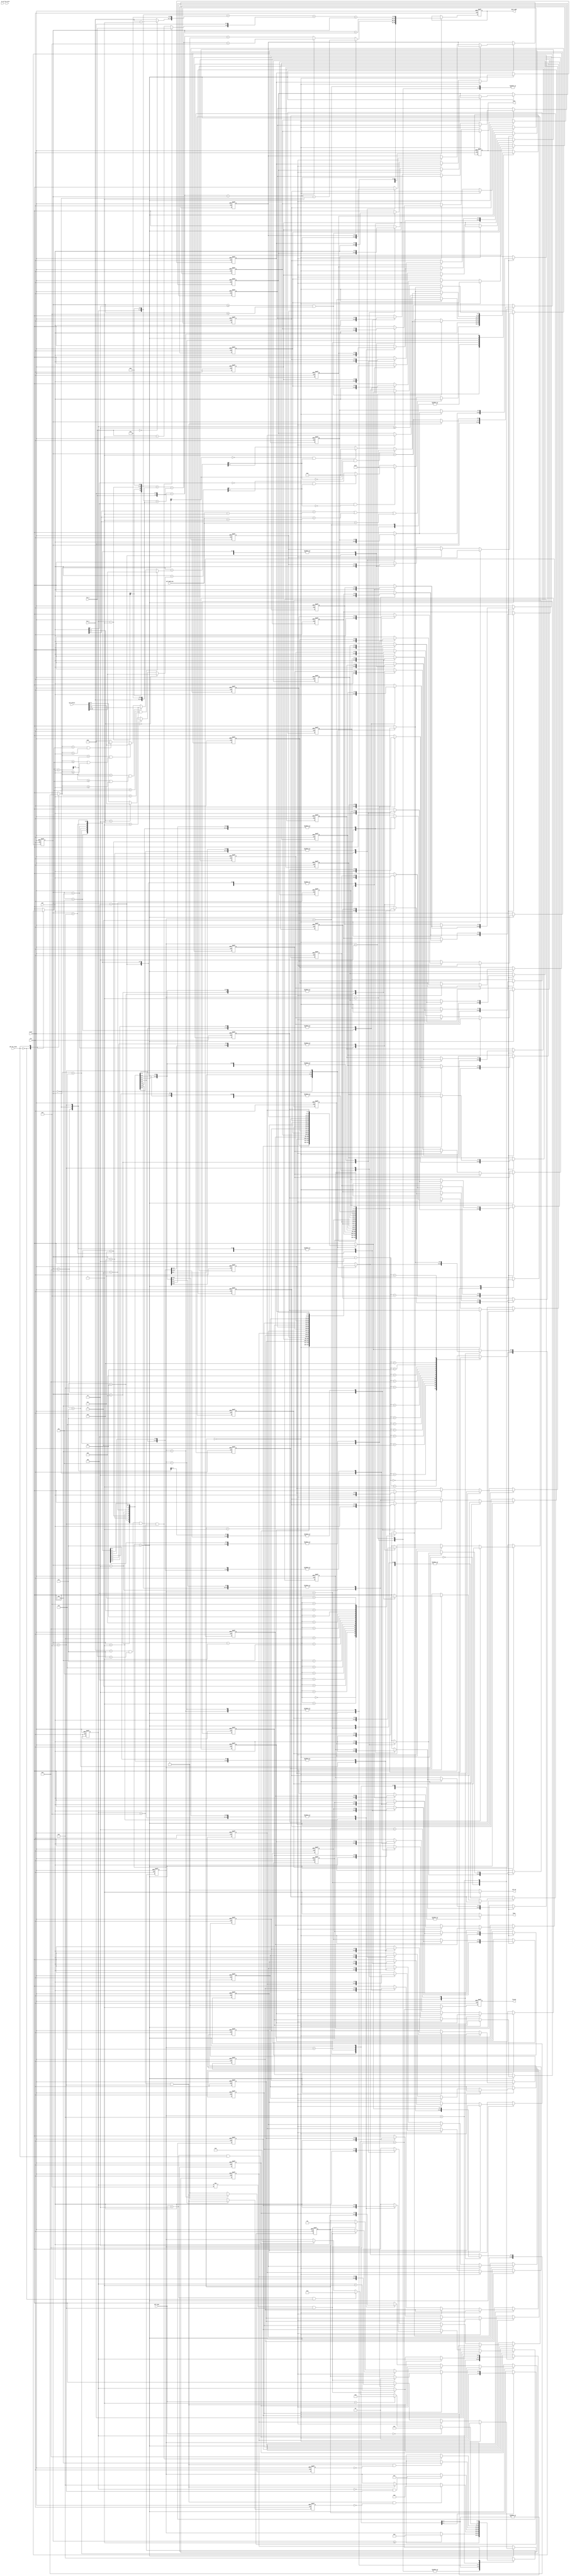
module IPF ( clk, reset, in_en, din, ipf_type, ipf_band_pos, ipf_wo_class, ipf_offset, lcu_x, lcu_y, lcu_size, busy, out_en, dout, dout_addr, finish);
//===========IO====================
    input   clk;
    input   reset;
    input   in_en;
    input   [7:0]  din;
    input   [1:0]  ipf_type;
    input   [4:0]  ipf_band_pos;
    input          ipf_wo_class;
    input   [15:0] ipf_offset;
    input   [2:0]  lcu_x;
    input   [2:0]  lcu_y;
    input   [1:0]  lcu_size;
    output reg busy;
    output reg finish;
    output reg out_en;
    output reg [7:0] dout;
    output reg [13:0] dout_addr;
//===========IO====================

reg [7:0] din_po, din_wo, dout_nxt, din_band, din_po_temp;
reg signed [8:0] din_po_add, din_wo_add;
reg [3:0] off_po;
reg [3:0] posi_a,posi_c;
reg [4:0] low_bound, up_bound;
reg [3:0] off_wo;
reg [7:0] a,b,c, c_new;
reg [8:0] mid;

reg [13:0] dout_addr_nxt;
reg [1:0] seq, seq_nxt;
reg last_row, last_row_nxt;
reg last_pix, last_pix_nxt;
reg [2:0] last_x, last_y;
reg finish_nxt;
wire end_lcu;
wire end_img;

//============= extension ===================
reg [7:0] window0[0:15]; //window size = 16, 32, 64
reg [7:0] window1[0:15];
reg [7:0] window2[0:15];
reg [7:0] window0_nxt[0:15];
reg [7:0] window1_nxt[0:15];
reg [7:0] window2_nxt[0:15];
reg [3:0] col, col_nxt; //col length = 16, 32, 64
reg [3:0] row, row_nxt;

assign  end_lcu = (row==4'd15 & col==4'd15); //col, row = 16, 32, 64
assign  end_img = (lcu_y == 3'd7 & lcu_x==3'd7 & col==4'd15 & row==4'd15); //lcu_x,y = 8, 4, 2
//============= extension ====================

//============= FSM ===================
reg [3:0] state, nxt_state;
parameter state_idle = 0;
parameter state_off = 1;
parameter state_po = 2;
parameter state_in_0 = 3;
parameter state_wo_0 = 4;
parameter state_last_pix = 5;
parameter state_in_1 = 6;
parameter state_wo_1 = 7;
parameter state_last_row = 8;
parameter state_wait = 9;
parameter state_finish = 10;
//============= FSM ===================

//============= nxt_state ===================
always @(*)begin
    //default
    busy = 1;
    out_en = 0;
    nxt_state = state_wait;
    case(state)
        state_idle:begin
            busy = 0;
            out_en = 0;
            nxt_state = state_wait;
        end
        state_off:begin
            busy = 0;
            out_en = 1;
            if (end_lcu)nxt_state = state_wait;
            else nxt_state = state;
        end
        state_po:begin
            busy = 0;
            out_en = 1;
            if (end_lcu)nxt_state = state_wait;
            else nxt_state = state;
        end
        state_in_0:begin
            busy = 0;
            out_en = 1;
            if (col>=4'd1) nxt_state = state_wo_0;
            else nxt_state = state;
        end
        state_wo_0:begin
            busy = 0;
            out_en = 1;
            if (end_lcu & !last_pix)begin
                nxt_state = state_last_pix;
            end
            else if (end_lcu)begin
                nxt_state = state_wait;
            end
            else begin
                nxt_state = state;
            end
        end
        state_last_pix:begin
            busy = 1;
            out_en = 1;
            if (end_img) nxt_state = state_finish;
            else if (end_lcu)nxt_state = state_wait;
            else nxt_state = state;
        end

        state_in_1:begin
            busy = 0;
            out_en = 0;
            if (row==4'd0 & col==4'd15) nxt_state = state_wo_1;
            else nxt_state = state;
        end

        state_wo_1:begin
            busy = 0;
            out_en = 1;
            if (end_lcu & !last_row)begin
                nxt_state = state_last_row;
            end
            else if (end_lcu)begin
                nxt_state = state_wait;
            end
            else begin
                nxt_state = state;
            end
        end

        state_last_row:begin
            busy = 1;
            out_en = 1;
            if (end_img) nxt_state = state_finish;
            else if (end_lcu)nxt_state = state_wait;
            else nxt_state = state;
        end

        state_wait:begin
            busy = 1;
            out_en = 0;
            if (ipf_type==2'd0) nxt_state = state_off;
            else if (ipf_type==2'd1) nxt_state = state_po;
            else if (ipf_type==2'd2 & ipf_wo_class==1'b0) nxt_state = state_in_0; //
            else if (ipf_type==2'd2 & ipf_wo_class==1'b1) nxt_state = state_in_1; //
            else nxt_state = state;
        end
        state_finish:begin
            busy = 1;
            out_en = 1;
            nxt_state = state;
        end

    endcase
end


//============= comb ========================
integer i ;
always @(*)begin
    col_nxt = col + 1;
    row_nxt = (row!=4'd15 & col==4'd15)? row+1:row;
    dout_nxt = dout;
    dout_addr_nxt = dout_addr;
    seq_nxt = seq;
    last_row_nxt=0;
    last_pix_nxt=0;
    finish_nxt = 0;

    last_x = (end_img)? lcu_x : lcu_x - 1;
    last_y = (lcu_x==3'd0)? lcu_y-1 : lcu_y;

    for (i = 0 ; i<16; i=i+1)begin
        window0_nxt[i]=window0[i];
        window1_nxt[i]=window1[i];
        window2_nxt[i]=window2[i];
    end

    case(state)
        state_idle:begin
            col_nxt = col;
            row_nxt = row;
        end
        state_off:begin
            dout_nxt = din;
            dout_addr_nxt = (row<<7) + (lcu_y<<11) + (lcu_x<<4) + col;
        end
        state_po:begin
            dout_nxt = din_po;
            dout_addr_nxt = (row<<7) + (lcu_y<<11) + (lcu_x<<4) + col;
        end
        state_in_0:begin
            //out_en = (col==4'd1)? 1:0; //col==1en=1col=0
            window0_nxt[col] = din;
            dout_nxt = din;
            dout_addr_nxt = (row<<7) + (lcu_y<<11) + (lcu_x<<4) + col;
        end
        state_wo_0:begin
            window0_nxt[col] = din;
            if (col>= 4'd2 & col<=4'd15)begin
                dout_nxt = din_wo;
                dout_addr_nxt = (row<<7) + (lcu_y<<11) + (lcu_x<<4) + col-1;
            end
            else begin
                dout_nxt = window0[posi_c];
                dout_addr_nxt = (col==4'd0)? ((row-1)<<7) + (lcu_y<<11) + (lcu_x<<4) + 4'd15 : (row<<7) + (lcu_y<<11) + (lcu_x<<4) + 4'd0; 
            end
            if (row==4'd15 & col==4'd15) begin
                row_nxt = row; 
                col_nxt=col; 
            end
        end
        state_last_pix:begin
            last_pix_nxt = (row==4'd15 & col==4'd15);
            dout_nxt = (seq==2'd0)? window0[15] : (seq==2'd1)? window1[15] : window2[15];
            dout_addr_nxt = (row<<7) + (last_y<<11) + (last_x<<4) + col;
        end
        state_in_1:begin
            window0_nxt[col] = din;
            seq_nxt = 2'd1;
        end
        state_wo_1:begin
            if (seq==2'd0)begin
                window0_nxt[col] = din;
                seq_nxt = (row!=4'd15 & col==4'd15)? 2'd1:seq;
            end
            else if (seq==2'd1)begin
                window1_nxt[col] = din;
                seq_nxt = (row!=4'd15 & col==4'd15)? 2'd2:seq;
            end
            else begin //(seq==2'd2)
                window2_nxt[col] = din;
                seq_nxt = (row!=4'd15 & col==4'd15)? 2'd0:seq;
            end

            dout_nxt = (row>=4'd2)? din_wo : window0[col];
            dout_addr_nxt = ((row-1)<<7) + (lcu_y<<11) + (lcu_x<<4) + col;
        end

        state_last_row:begin
            last_row_nxt = (row==4'd15 & col==4'd15);
            dout_nxt = (seq==2'd0)? window0[col] : (seq==2'd1)? window1[col] : window2[col];
            dout_addr_nxt = (row<<7) + (last_y<<11) + (last_x<<4) + col;
        end

        state_wait:begin
            col_nxt = 0;
            row_nxt = 0;
        end

        state_finish:begin
            finish_nxt = 1;
        end
    endcase

end


//============= operation ========================
always @(*)begin
    //============== PO ================
    din_band = din>>3;
    low_bound = ipf_band_pos - 1;
    up_bound = ipf_band_pos + 1;
    off_po = ((din_band[1:0])==2'd0)? ipf_offset[15:12] :
             ((din_band[1:0])==2'd1)? ipf_offset[11:8] :
             ((din_band[1:0])==2'd2)? ipf_offset[7:4] : ipf_offset[3:0];
    din_po_add = $signed(din) + $signed(off_po);
    //2550
    din_po_temp = (din[7] & !din_po_add[8])? 8'd255 : (!din[7] & din_po_add[8])? 8'd0 : din_po_add[7:0]; 
    //boundoverflowor
    din_po = (din_band == low_bound | din_band == up_bound | din_band == ipf_band_pos)? din : din_po_temp; 

    //============== WO ================
    posi_a = col-2;
    posi_c = col-1;
    case (ipf_wo_class)
        1'b0:begin
            a = window0[posi_a];
            c = window0[posi_c];
            b = din;
        end
        1'b1:begin
            case(seq)
                2'd0:begin a = window1[col]; c = window2[col]; b = din;end
                2'd1:begin a = window2[col]; c = window0[col]; b = din;end
                2'd2:begin a = window0[col]; c = window1[col]; b = din;end
                default: begin a = window1[col]; c = window2[col]; b = din; end
            endcase
        end
    endcase

    mid = (a+b)>>1;
    if (c<a & c<b)begin //Category 0
        off_wo = ipf_offset[15:12];
    end
    else if (c < mid & (c>=a | c>=b))begin //Category 1
        off_wo = ipf_offset[11:8];
    end
    else if (c > mid & (c<=a | c<=b))begin //Category 2
        off_wo = ipf_offset[7:4];
    end
    else if (c > a & c>b)begin //Category 3
        off_wo = ipf_offset[3:0];
    end
    else begin
        off_wo = 0;
    end
    din_wo_add = $signed(c)+$signed(off_wo);
    //2550
    //?
    din_wo = (c[7] & !din_wo_add[8])? 8'd255 : (!c[7] & din_wo_add[8])? 8'd0 : din_wo_add[7:0]; 
end



always @(posedge clk or posedge reset)begin
    if (reset)begin
        for (i = 0 ; i<16; i=i+1)begin
            window0[i]<= 0;
            window1[i]<= 0;
            window2[i]<= 0;
        end
        col <= 0;
        row <= 0;
        seq <= 0;
        last_row <= 0;
        last_pix <= 0;
        dout <= 0;
        dout_addr <= 0;
        finish <= 0;
        state <= state_idle;
    end
    else begin
        for (i = 0 ; i<16; i=i+1)begin
            window0[i]<=window0_nxt[i];
            window1[i]<=window1_nxt[i];
            window2[i]<=window2_nxt[i];
        end
        col <= col_nxt;
        row <= row_nxt;
        seq <= seq_nxt; 
        last_row <= last_row_nxt;
        last_pix <= last_pix_nxt;
        dout <= dout_nxt;
        dout_addr <= dout_addr_nxt;
        finish <= finish_nxt;
        state <= nxt_state;
    end
end

endmodule